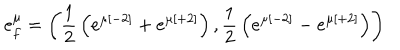
LaTeX: e _ { f } ^ { \mu } = \left( { \frac { 1 } { 2 } } \left( e ^ { \mu [ - 2 ] } + e ^ { \mu [ + 2 ] } \right) , { \frac { 1 } { 2 } } \left( e ^ { \mu [ - 2 ] } - e ^ { \mu [ + 2 ] } \right) \right)